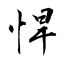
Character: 悍